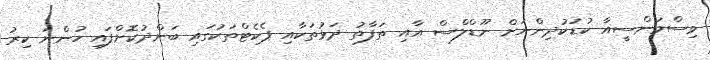
ވިސްމަންސީއާ ކުޑަކުދިންނަށް ނޫޑްލްސް އާއި ތަފާތު ދަޅުތަކާއި ޕެކެޓްތަކުގައި ބަންދުކޮށްފައި ހުންނަ ކިރު